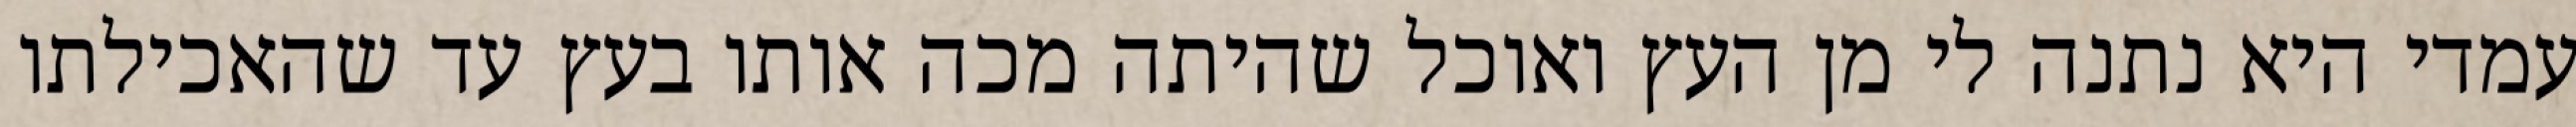
עמדי היא נתנה לי מן העץ ואוכל שהיתה מכה אותו בעץ עד שהאכילתו